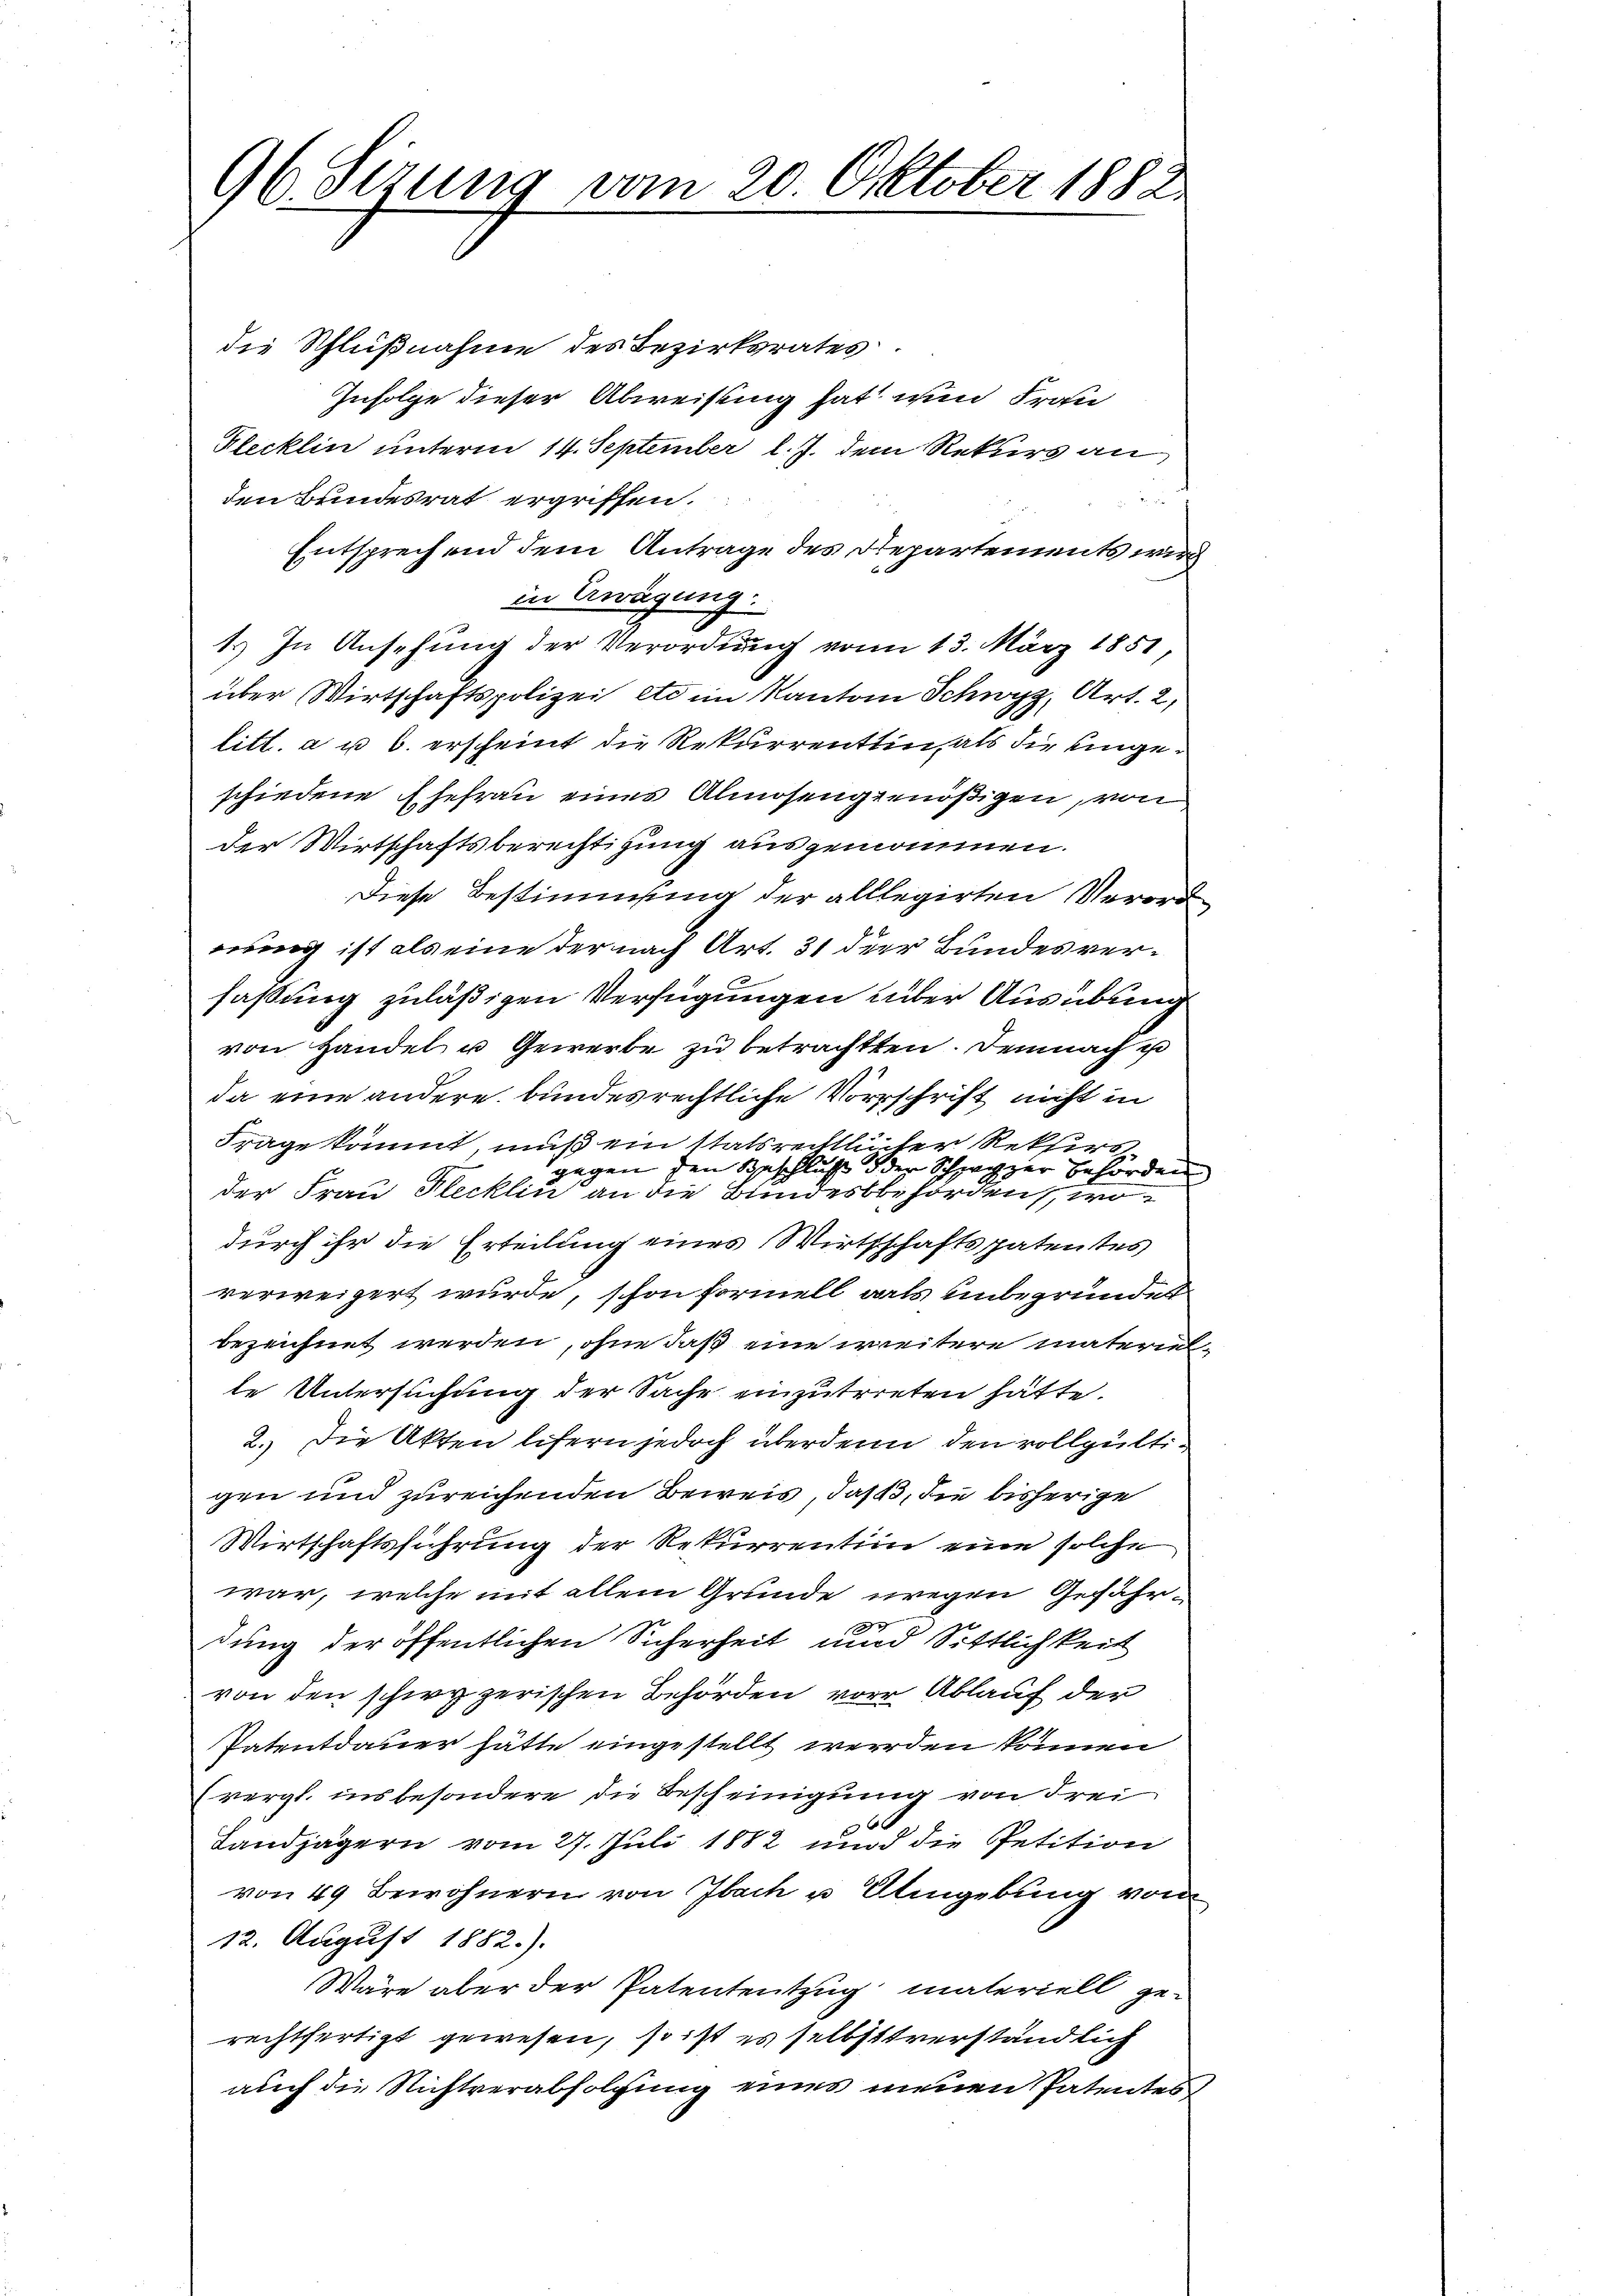
96. Sitzung vom 20. Oktober 1882.

die Schlußnahme des Bezirksrates
Infolge dieser Abweisung hat nun Fran
Klecklin unterm 14. September l. J. dem Rekurs an
den Bundesrat ergriffen.
Entsprechend dem Antrage des Departements wird
in Erwägung.
1.) In Ansehung der Verordnung vom 13. März 1851,
über Wirtschaftspolizei etc im Kanton Schwyz, Art. 2,
litt. a u 6. erscheint die Rekurrentin als die eingeschiedene Ehefrau eines Almosengenößigen, von
der Wirtschaftsberechtigung ausgenommen.
Diese Bestimmung der alllegirten Verord
nung ist als eine der nach Art. 31 der Bundesverfassung zuläßigen Verfügungen über Ausübung
von Handel u Gewerbe zu betrachten. Demnach zu
da eine andere bundesrechtliche Vorschrift nicht in
Frage kommt, muß ein statsrechtlicher Rekurs
gegen den Beschluß der Schwyzer Behörden
der Frau Flecklin an die Bundesbehörden, wodurch ihr die Erteilung eines Wirthschaftspatentes
verweigert wurde, schon formell als unbegründet
bezeichnet werden, ohne daß eine weitere materiel
te Untersuchung der Sache einzutreten hätte.
2.) Die Akten lifern jedoch überdenn den vollgültigen und zureichenden Beweis, daß 3, die bisherige
Wirtschaftsführung der Rekurrention eine solche
war, welche mit allem Grunde wegen Gefähr¬
.
dung der öffentlichen Sicherheit und Sittlichkeit
von den schwyzerischen Behörden vor Ablauf der
Patentdauer hätte eingestellt werden können
vergl. insbesondere die Bescheinigung von Frei
6
Landjägern vom 27. Juli 1882 und die Petition
von 49 Bewohnern von Ibach u. Alingebung von
12. August 1882.).
Wäre aber der Patententzug materiell gerechtfertigt gewesen, so ist es selbsttverständlich
auch die Nichtverabfolgung eines neuen Patentes